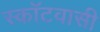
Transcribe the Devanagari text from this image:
स्कॉटवासी